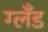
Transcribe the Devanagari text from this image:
ग्लँड